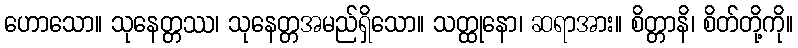
ဟောသော။ သုနေတ္တဿ၊ သုနေတ္တအမည်ရှိသော။ သတ္ထုနော၊ ဆရာအား။ စိတ္တာနိ၊ စိတ်တို့ကို။